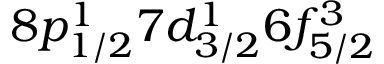
8 p _ { 1 / 2 } ^ { 1 } 7 d _ { 3 / 2 } ^ { 1 } 6 f _ { 5 / 2 } ^ { 3 }